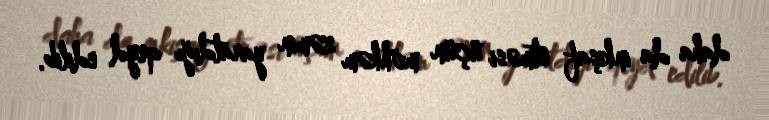
daha da inkişaf etməsi üçün möhkəm zəmin yaratdığı qeyd edilib.